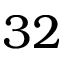
3 2